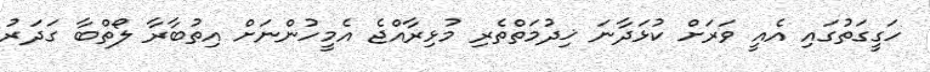
ހަގީގަތުގައި އެއީ ވަރަށް ކުޅަދާނަ ޚިދުމަތްތެރި މުޅިރާއްޖެ އެމީހުންނަށް އިތުބާރާ ލޯތްބާ ގަދަރު